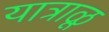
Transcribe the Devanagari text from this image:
यात्राळू